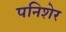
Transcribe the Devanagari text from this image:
पनिशेर